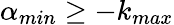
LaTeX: \alpha_{min}\geq-k_{max}